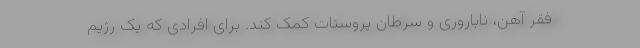
فقر آهن، ناباروری و سرطان پروستات کمک کند. برای افرادی که یک رژیم